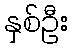
နှစ်ဦး